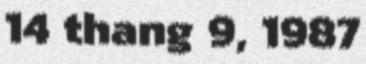
14 thang 9, 1987